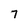
Character: 7